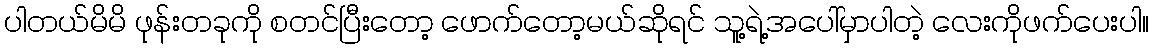
ပါတယ်မိမိ ဖုန်းတခုကို စတင်ပြီးတော့ ဖောက်တော့မယ်ဆိုရင် သူ့ရဲ့အပေါ်မှာပါတဲ့ လေးကိုဖက်ပေးပါ။